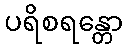
ပရိစရန္တော